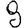
Digit: 8